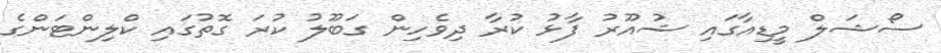
ސޯޝަލް މީޑިއާގައި ޝުއޫރު ފާޅު ކުރާ ދިވެހިން ގަބޫލު ކުރަ ގޮތުގައި ކްލިންޓަންގެ